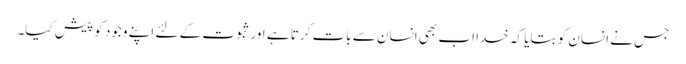
جس نے انسان کو بتایا کہ خدا اب بھی انسان سے بات کرتا ہے اورثبوت کے لئے اپنے وجود کو پیش کیا۔